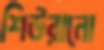
শিউরানো